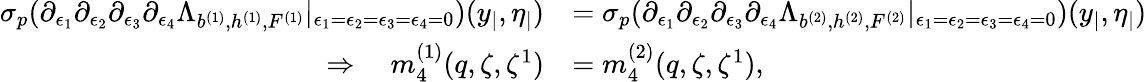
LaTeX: \begin{array}{rl}{{\sigma_{p}}(\partial_{\epsilon_{1}}\partial_{\epsilon_{2}}\partial_{\epsilon_{3}}\partial_{\epsilon_{4}}\Lambda_{b^{(1)},h^{(1)},F^{(1)}}|_{\epsilon_{1}=\epsilon_{2}=\epsilon_{3}=\epsilon_{4}=0})(y_{|},\eta_{|})}&{={\sigma_{p}}(\partial_{\epsilon_{1}}\partial_{\epsilon_{2}}\partial_{\epsilon_{3}}\partial_{\epsilon_{4}}\Lambda_{b^{(2)},h^{(2)},F^{(2)}}|_{\epsilon_{1}=\epsilon_{2}=\epsilon_{3}=\epsilon_{4}=0})(y_{|},\eta_{|})}\\ {\Rightarrow\quad m_{4}^{(1)}(q,\zeta,\zeta^{1})}&{=m_{4}^{(2)}(q,\zeta,\zeta^{1}),}\end{array}